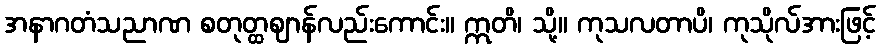
အနာဂတံသညာဏ စတုတ္ထဈာန်လည်းကောင်း။ ဣတိ၊ သို့။ ကုသလတာပိ၊ ကုသိုလ်အားဖြင့်